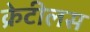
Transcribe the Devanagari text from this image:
क्रेटीलस